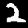
Label: 2